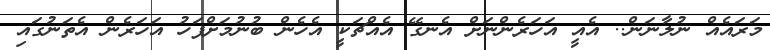
މަރައެއް ނުލާނަން.. އެއީ އަހަރެންނަށް އެނގޭ އެއްޗަކީ އެހެން ބުނުމަށްފަހު އަހަރެން އެތަނުގައި